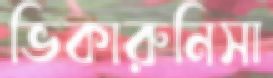
ভিকারুনিসা